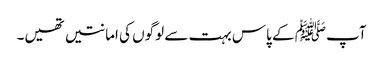
آپﷺ کے پاس بہت سے لوگوں کی امانتیں تھیں۔